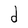
Character: d